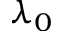
\lambda _ { 0 }